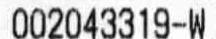
002043319-W